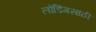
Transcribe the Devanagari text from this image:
लोडिंगसाठी